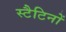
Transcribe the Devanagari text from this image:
स्टैटिनों